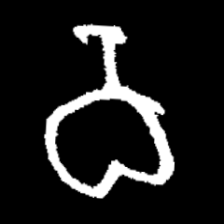
Pyu character \u2014 Myanmar letter: ဝ (romanized: wa)